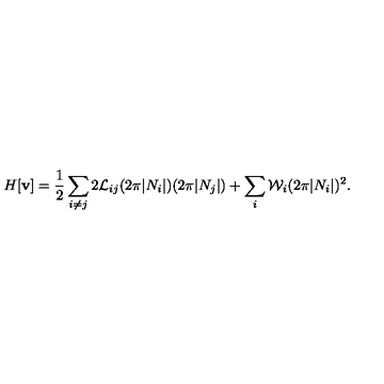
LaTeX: H [ { \bf v } ] = \frac { 1 } { 2 } \sum _ { i \neq j } 2 { \cal L } _ { i j } ( 2 \pi | N _ { i } | ) ( 2 \pi | N _ { j } | ) + \sum _ { i } { \cal W } _ { i } ( 2 \pi | N _ { i } | ) ^ { 2 } .